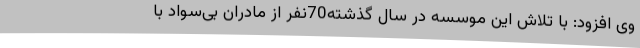
وی افزود: با تلاش این موسسه در سال گذشته70نفر از مادران بی‌سواد با